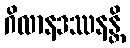
ဂိလာနဒဿနန္တိ